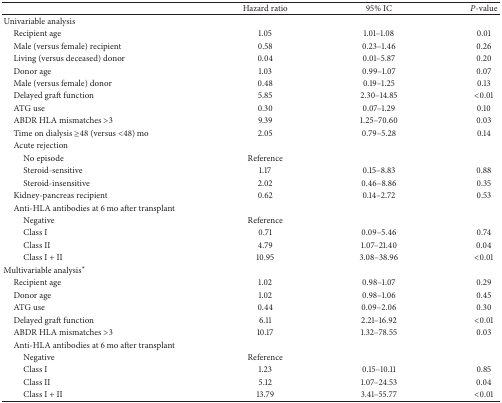
|  | Hazard ratio | 95% IC | P-value |
 | --- | --- | --- | --- |
 | Univariable analysis |  |  |  |
 | Recipient age | 1.05 | 1.01–1.08 | 0.01 |
 | Male (versus female) recipient | 0.58 | 0.23–1.46 | 0.26 |
 | Living (versus deceased) donor | 0.04 | 0.01–5.87 | 0.20 |
 | Donor age | 1.03 | 0.99–1.07 | 0.07 |
 | Male (versus female) donor | 0.48 | 0.19–1.25 | 0.13 |
 | Delayed graft function | 5.85 | 2.30–14.85 | <0.01 |
 | ATG use | 0.30 | 0.07–1.29 | 0.10 |
 | ABDR HLA mismatches >3 | 9.39 | 1.25–70.60 | 0.03 |
 | Time on dialysis ≥48 (versus <48) mo | 2.05 | 0.79–5.28 | 0.14 |
 | Acute rejection |  |  |  |
 | No episode | Reference |  |  |
 | Steroid-sensitive | 1.17 | 0.15–8.83 | 0.88 |
 | Steroid-insensitive | 2.02 | 0.46–8.86 | 0.35 |
 | Kidney-pancreas recipient | 0.62 | 0.14–2.72 | 0.53 |
 | Anti-HLA antibodies at 6 mo after transplant |  |  |  |
 | Negative | Reference |  |  |
 | Class I | 0.71 | 0.09–5.46 | 0.74 |
 | Class II | 4.79 | 1.07–21.40 | 0.04 |
 | Class I + II | 10.95 | 3.08–38.96 | <0.01 |
 | Multivariable analysis* |  |  |  |
 | Recipient age | 1.02 | 0.98–1.07 | 0.29 |
 | Donor age | 1.02 | 0.98–1.06 | 0.45 |
 | ATG use | 0.44 | 0.09–2.06 | 0.30 |
 | Delayed graft function | 6.11 | 2.21–16.92 | <0.01 |
 | ABDR HLA mismatches >3 | 10.17 | 1.32–78.55 | 0.03 |
 | Anti-HLA antibodies at 6 mo after transplant |  |  |  |
 | Negative | Reference |  |  |
 | Class I | 1.23 | 0.15–10.11 | 0.85 |
 | Class II | 5.12 | 1.07–24.53 | 0.04 |
 | Class I + II | 13.79 | 3.41–55.77 | <0.01 |